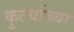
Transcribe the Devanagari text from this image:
कुर्ल्याच्या